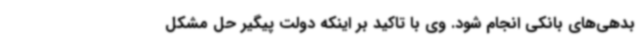
بدهی‌های بانکی انجام شود. وی با تاکید بر اینکه دولت پیگیر حل مشکل